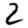
Digit: 2